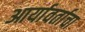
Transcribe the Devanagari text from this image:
आर्यावर्ताचा